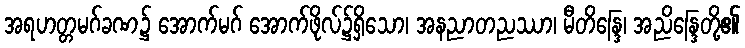
အရဟတ္တမဂ်ခဏ၌ အောက်မဂ် အောက်ဖိုလ်၌ရှိသော၊ အနညာတညဿာ၊ မီတိန္ဒြေ၊ အညိန္ဒြေတို့၏